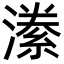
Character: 潫